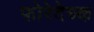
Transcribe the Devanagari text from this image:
फोरेदेच्क